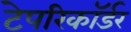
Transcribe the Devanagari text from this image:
टेपरिकॉर्डर